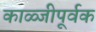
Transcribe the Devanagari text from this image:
काळ्जीपूर्वक